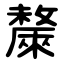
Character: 斄